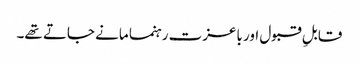
قابلِ قبول اور باعزت رہنما مانے جاتے تھے۔